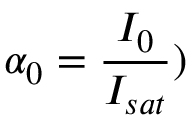
\alpha _ { 0 } = \frac { I _ { 0 } } { I _ { s a t } } )